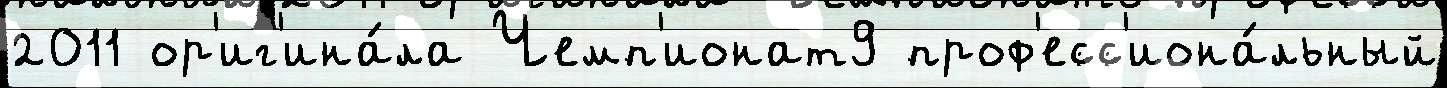
2011 ор'иг'ина́ла Чемп'ионат9 проф'есс'иона́льный